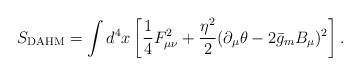
\begin{align*}S_{\rm DAHM}=\int d^4x\left[\frac14F_{\mu\nu}^2+\frac{\eta^2}{2}(\partial_\mu\theta-2\bar g_mB_\mu)^2\right].\end{align*}